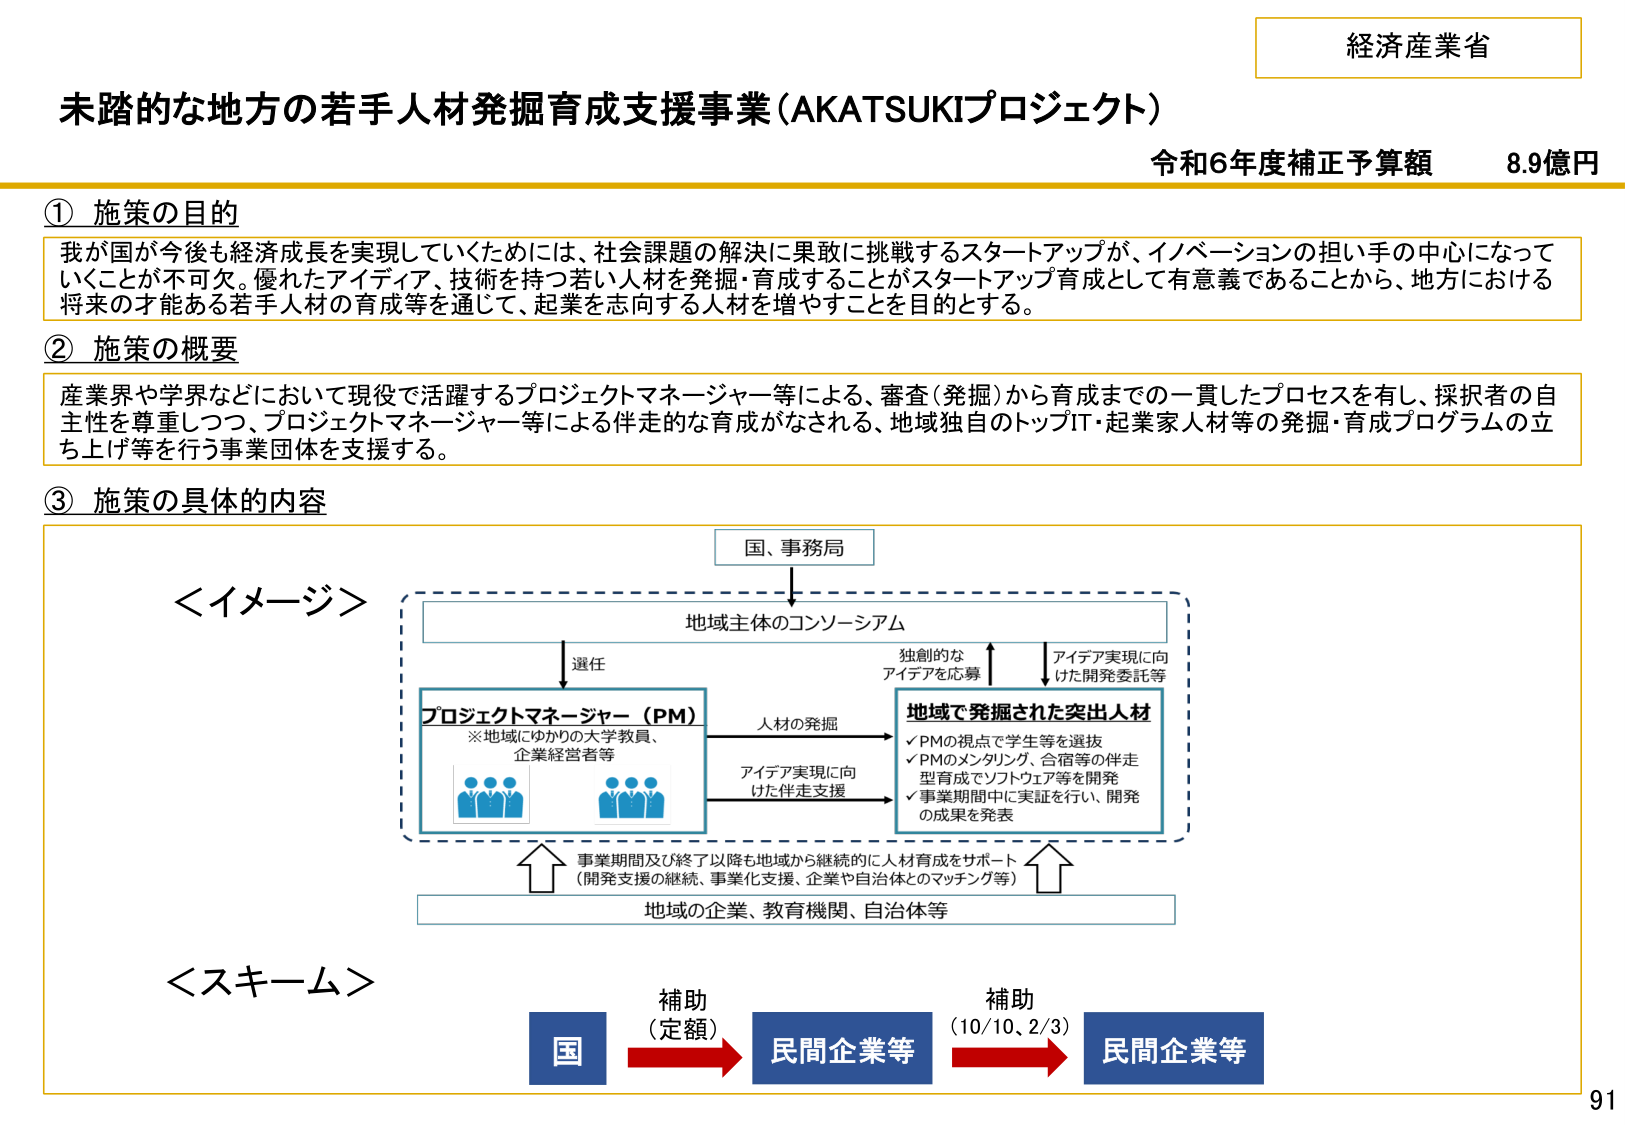
経済産業省
未踏的な地方の若手人材発掘育成支援事業（AKATSUKIプロジェクト）
令和6年度補正予算額　8.9億円

① 施策の目的
我が国が今後も経済成長を実現していくためには、社会課題の解決に果敢に挑戦するスタートアップが、イノベーションの担い手の中心になっていくことが不可欠。優れたアイディア、技術を持つ若い人材を発掘・育成することがスタートアップ育成として有意義であることから、地方における将来の才能ある若手人材の育成等を通じて、起業を志向する人材を増やすことを目的とする。

② 施策の概要
産業界や学界などにおいて現役で活躍するプロジェクトマネージャー等による、審査（発掘）から育成までの一貫したプロセスを有し、採択者の自主性を尊重しつつ、プロジェクトマネージャー等による伴走的な育成がなされる、地域独自のトップIT・起業家人材等の発掘・育成プログラムの立ち上げ等を行う事業団体を支援する。

③ 施策の具体的内容

＜イメージ＞
国、事務局